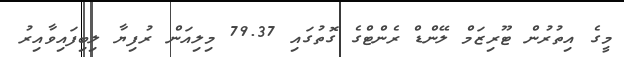
މީގެ އިތުރުން ޓޫރިޒަމް ލޭންޑް ރެންޓްގެ ގޮތުގައި 79.37 މިލިއަން ރުފިޔާ ލިބިފައިވާއިރު